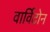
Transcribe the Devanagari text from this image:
वार्विटोन